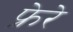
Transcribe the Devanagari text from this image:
फ्रेरे